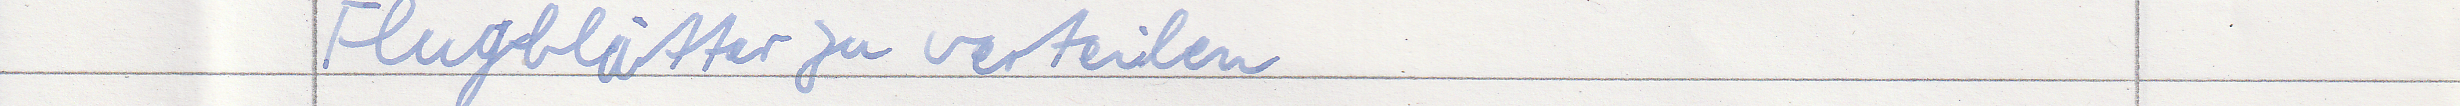
Flugblätter zu verteilen